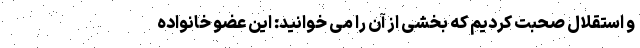
و استقلال صحبت کردیم که بخشی از آن را می خوانید: این عضو خانواده